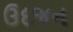
ઉદજન